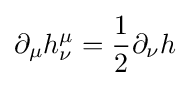
\partial _{\mu }h_{\nu }^{\mu }={\frac {1}{2}}\partial _{\nu }h